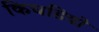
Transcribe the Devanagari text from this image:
किचडियो